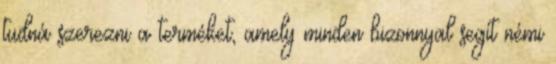
tudná szerezni a terméket, amely minden bizonnyal segít némi